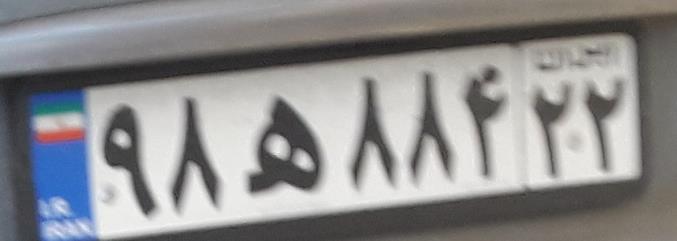
۹۸ه۸۸۴۲۲